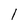
Character: l